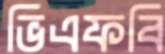
ভিএফবি